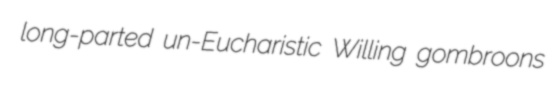
long-parted un-Eucharistic Willing gombroons